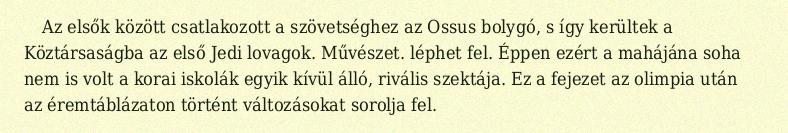
Az elsők között csatlakozott a szövetséghez az Ossus bolygó, s így kerültek a Köztársaságba az első Jedi lovagok. Művészet. léphet fel. Éppen ezért a mahájána soha nem is volt a korai iskolák egyik kívül álló, rivális szektája. Ez a fejezet az olimpia után az éremtáblázaton történt változásokat sorolja fel.